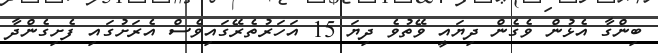
ބިންގާ އެޅުން ވެގެން ދިޔައީ ވޭތުވެ ދިޔަ 15 އަހަރުތެރޭގައިވެސް އެރަށުގައި ފެށިގެންދާ